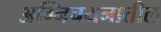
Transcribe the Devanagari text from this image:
अग्निचयनातील